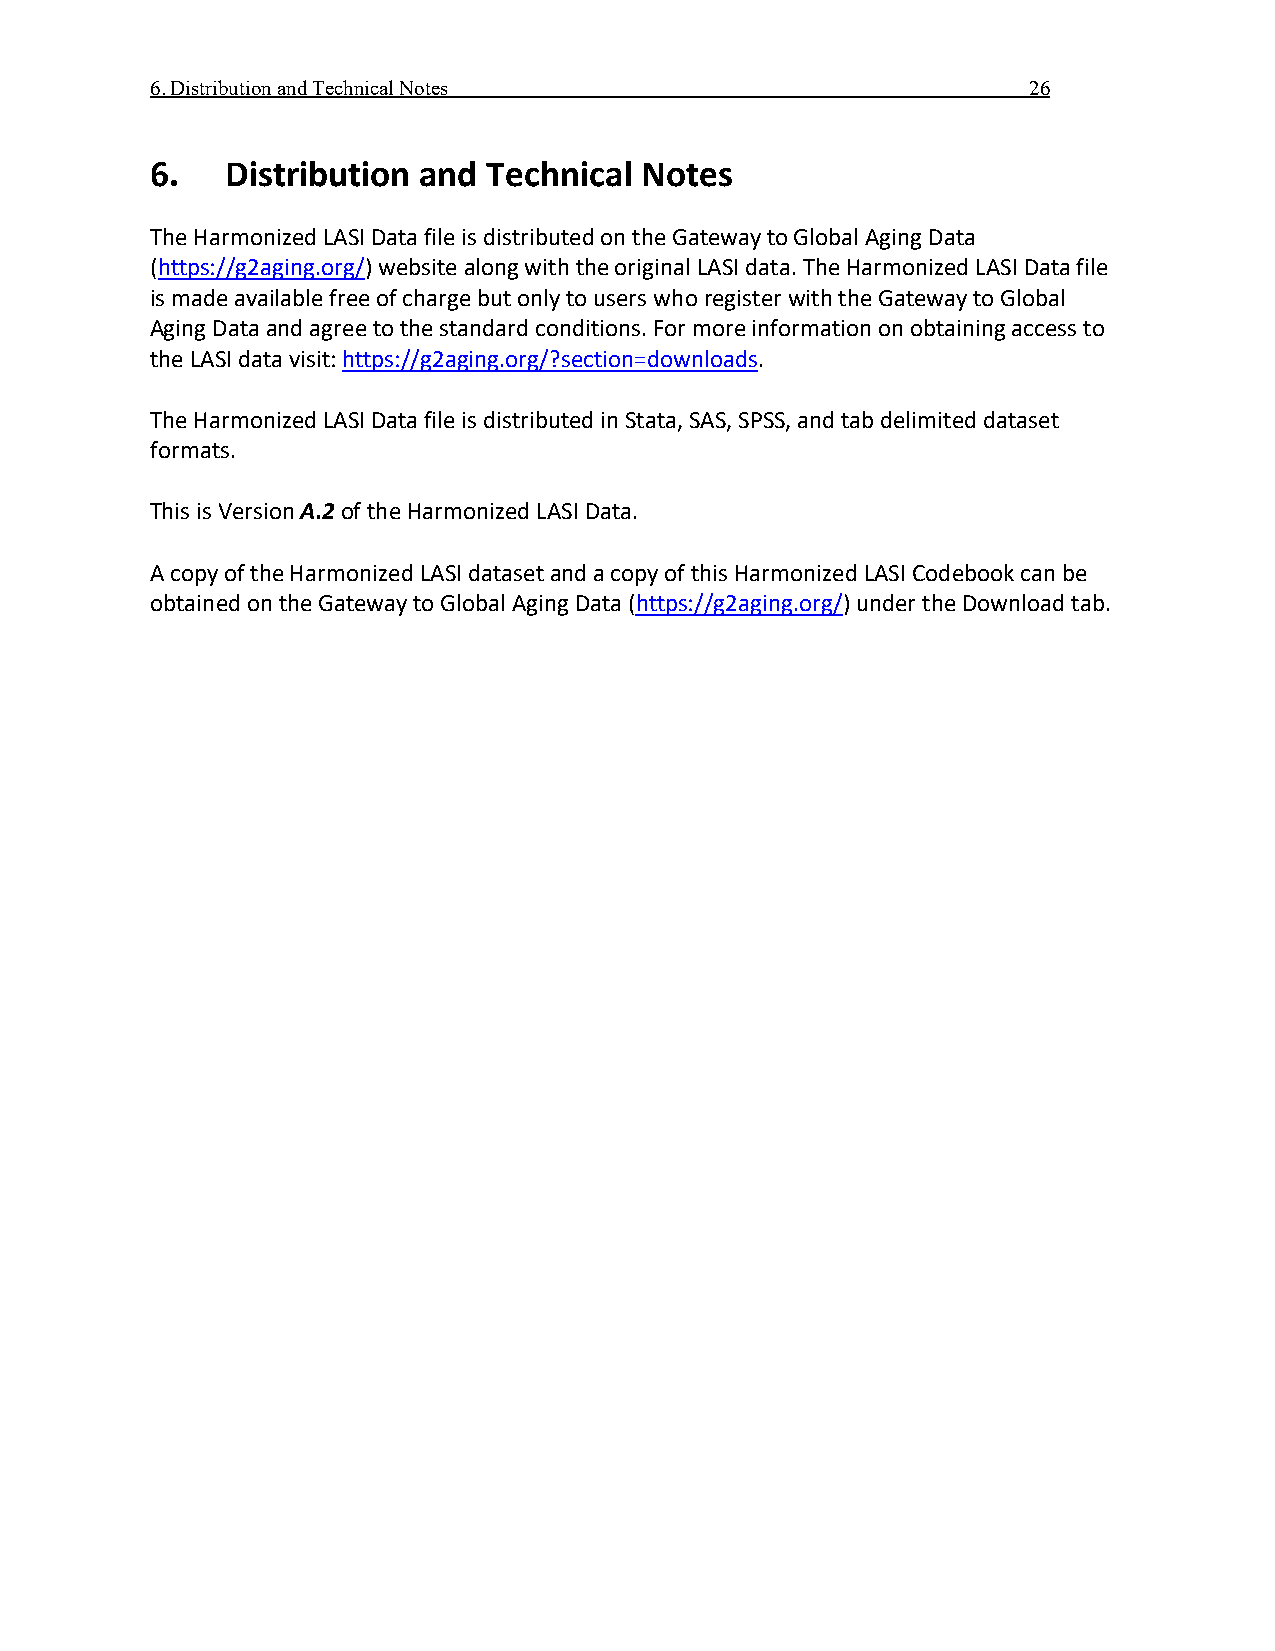
6. Distribution and Technical Notes                       26
 6.   Distribution and Technical Notes
 The Harmonized LASI Data file is distributed on the Gateway to Global Aging Data
 (https://g2aging.org/) website along with the original LASI data. The Harmonized LASI Data file
 is made available free of charge but only to users who register with the Gateway to Global
 Aging Data and agree to the standard conditions. For more information on obtaining access to
 the LASI data visit: https://g2aging.org/?section=downloads.
 The Harmonized LASI Data file is distributed in Stata, SAS, SPSS, and tab delimited dataset
 formats.
 This is Version A.2 of the Harmonized LASI Data.
 A copy of the Harmonized LASI dataset and a copy of this Harmonized LASI Codebook can be
 obtained on the Gateway to Global Aging Data (https://g2aging.org/) under the Download tab.